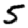
Digit: 5